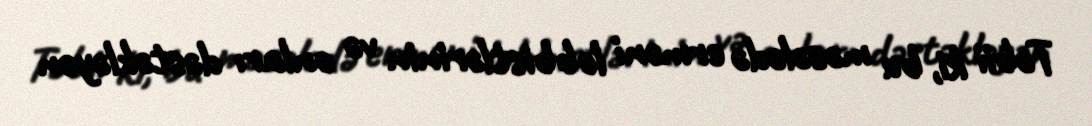
Təbii ki, bu məsələdə erməni lobbistlərinin və onları dəstəkləyən